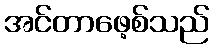
အင်တာဖေ့စ်သည်